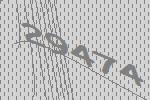
29474